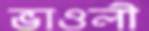
ভাওলী